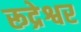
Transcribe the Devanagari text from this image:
रूद्रेश्वर